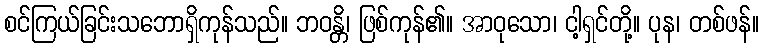
စင်ကြယ်ခြင်းသဘောရှိကုန်သည်။ ဘဝန္တိ၊ ဖြစ်ကုန်၏။ အာဝုသော၊ ငါ့ရှင်တို့။ ပုန၊ တစ်ဖန်။